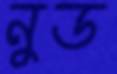
নুড